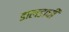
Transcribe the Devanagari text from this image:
डालडाची